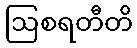
ဩစရတီတိ